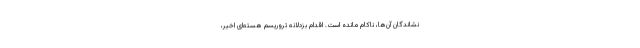
‌نشاندگان آن‌ها، ناکام مانده است. اقدام بزدلانه تروریسم هسته‌ای اخیر،